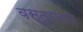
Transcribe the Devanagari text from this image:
वस्त्रालय